Bréfritari: Sigríður Pálsdóttir
Viðtakandi: Páll Pálsson
Dagsetning: A-1855-07-03
Skrifað á: Hraungerði  Árn.
Páll var bróðir Sigríðar

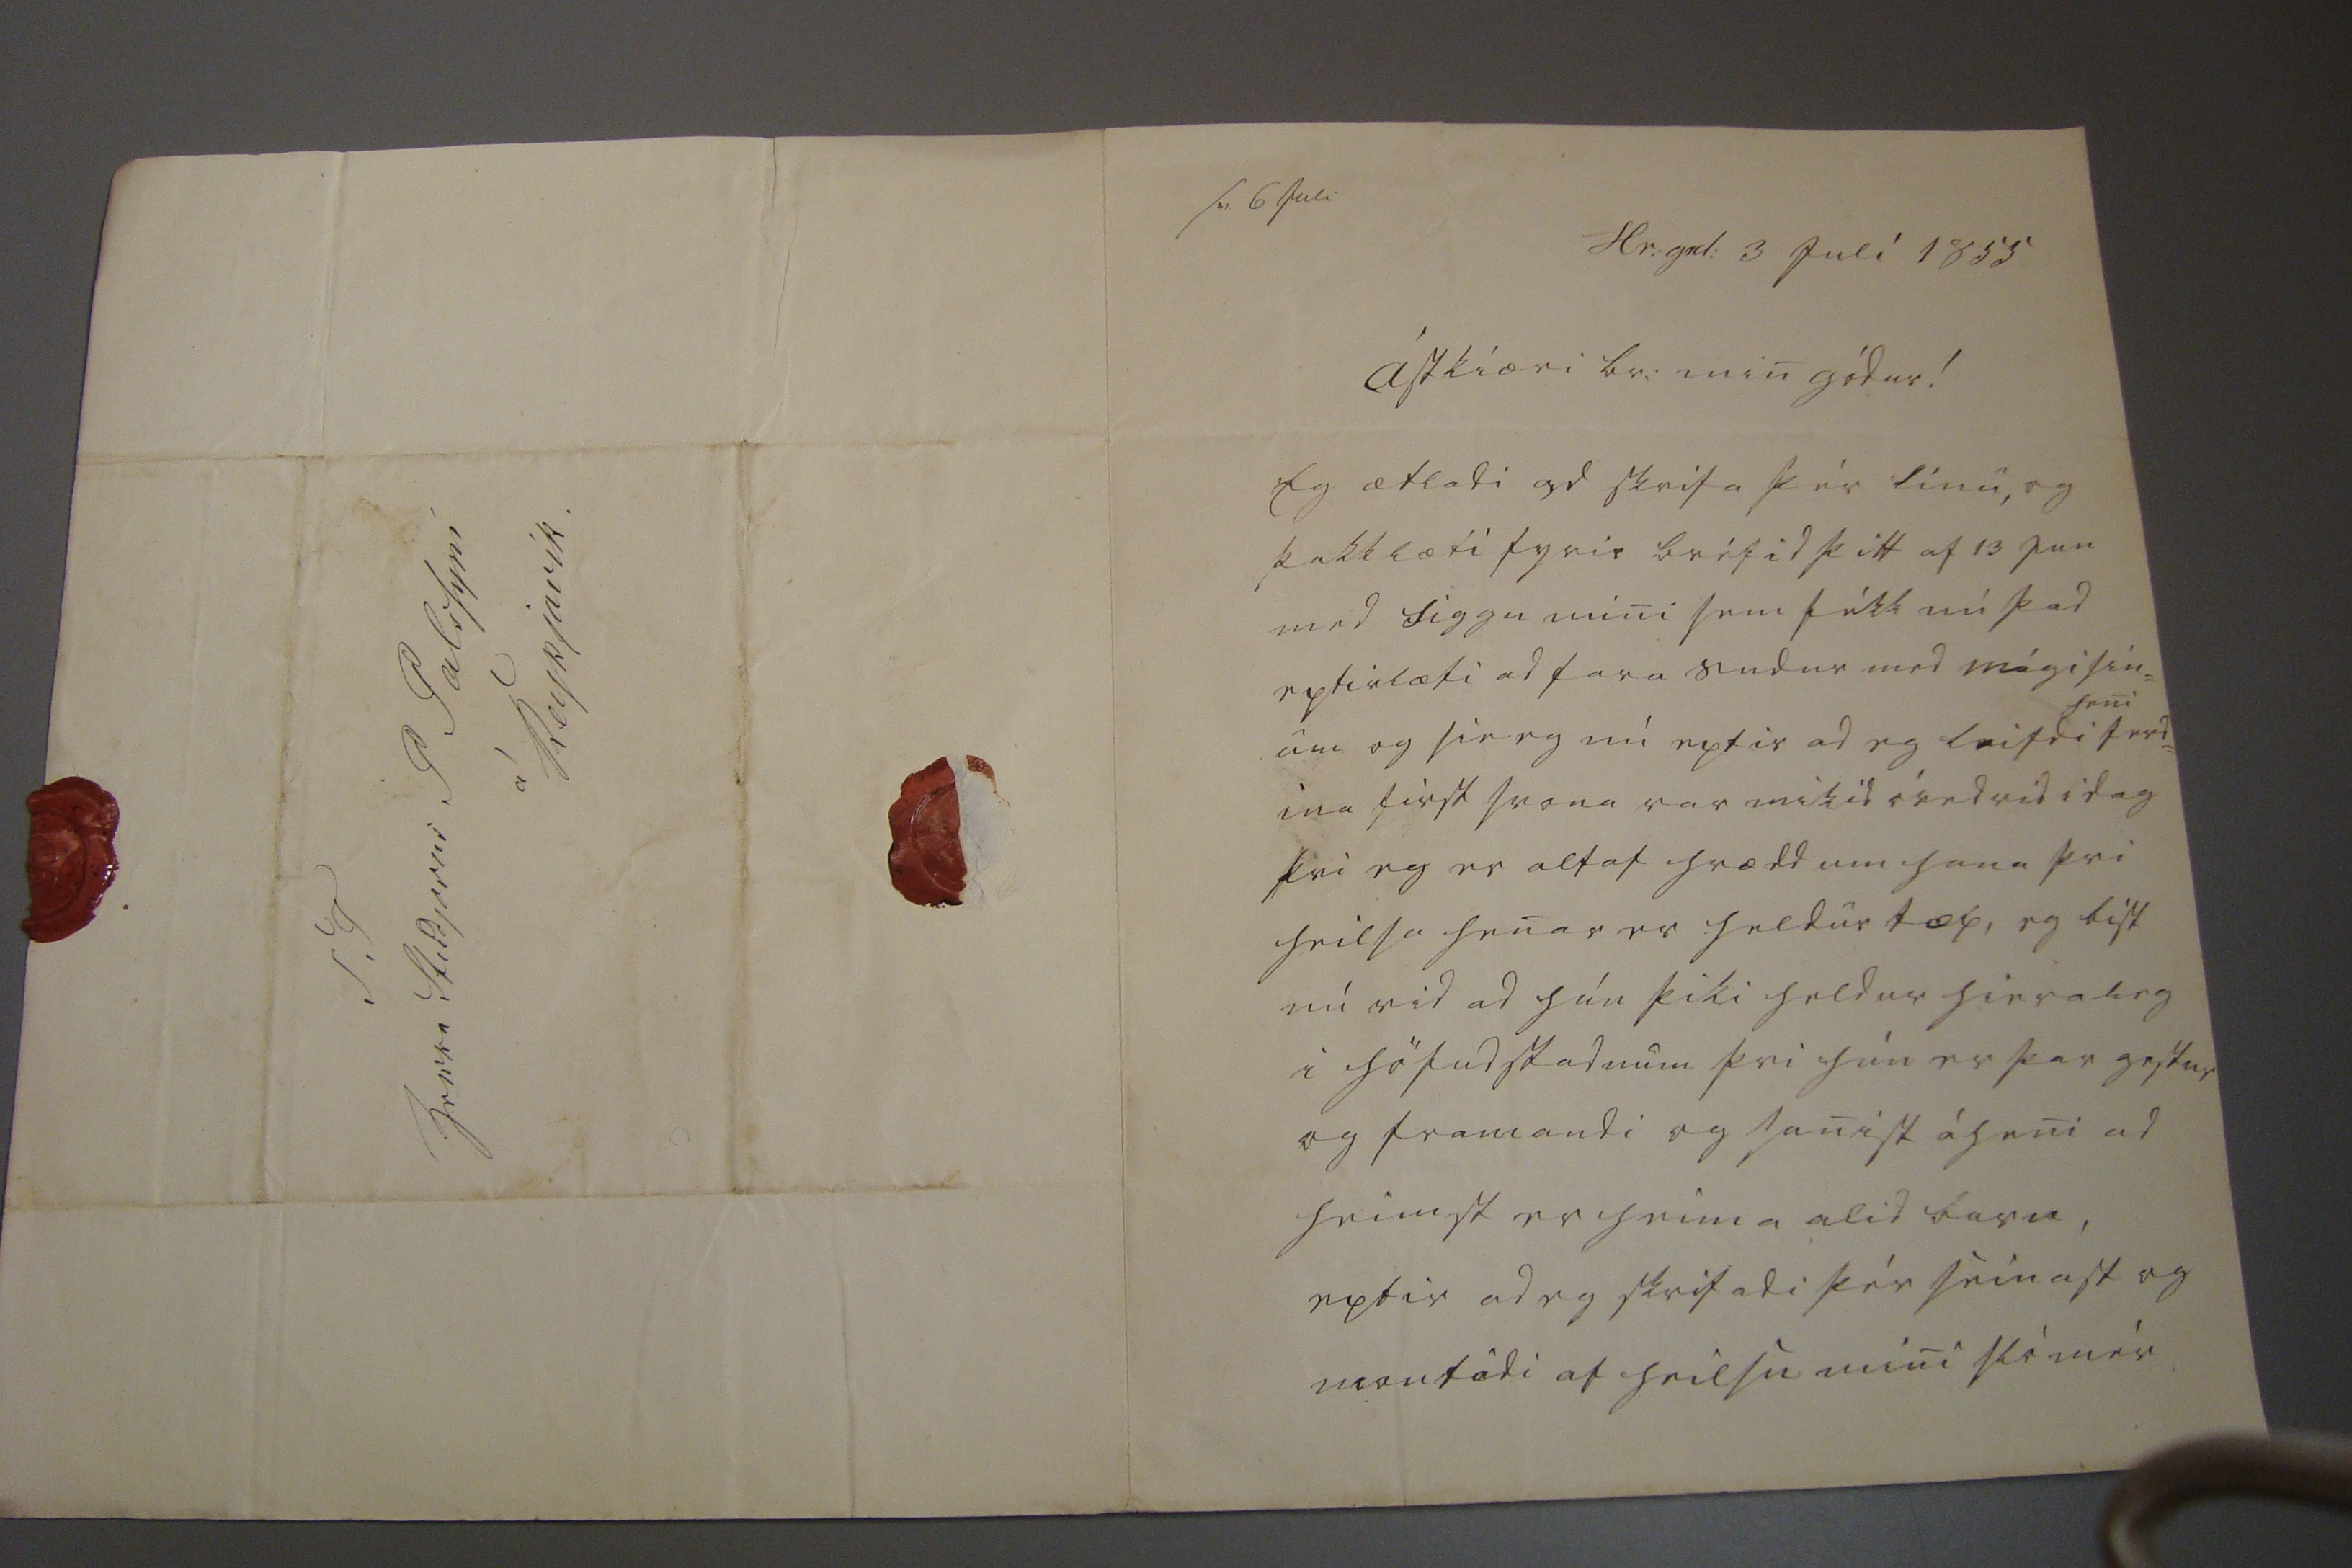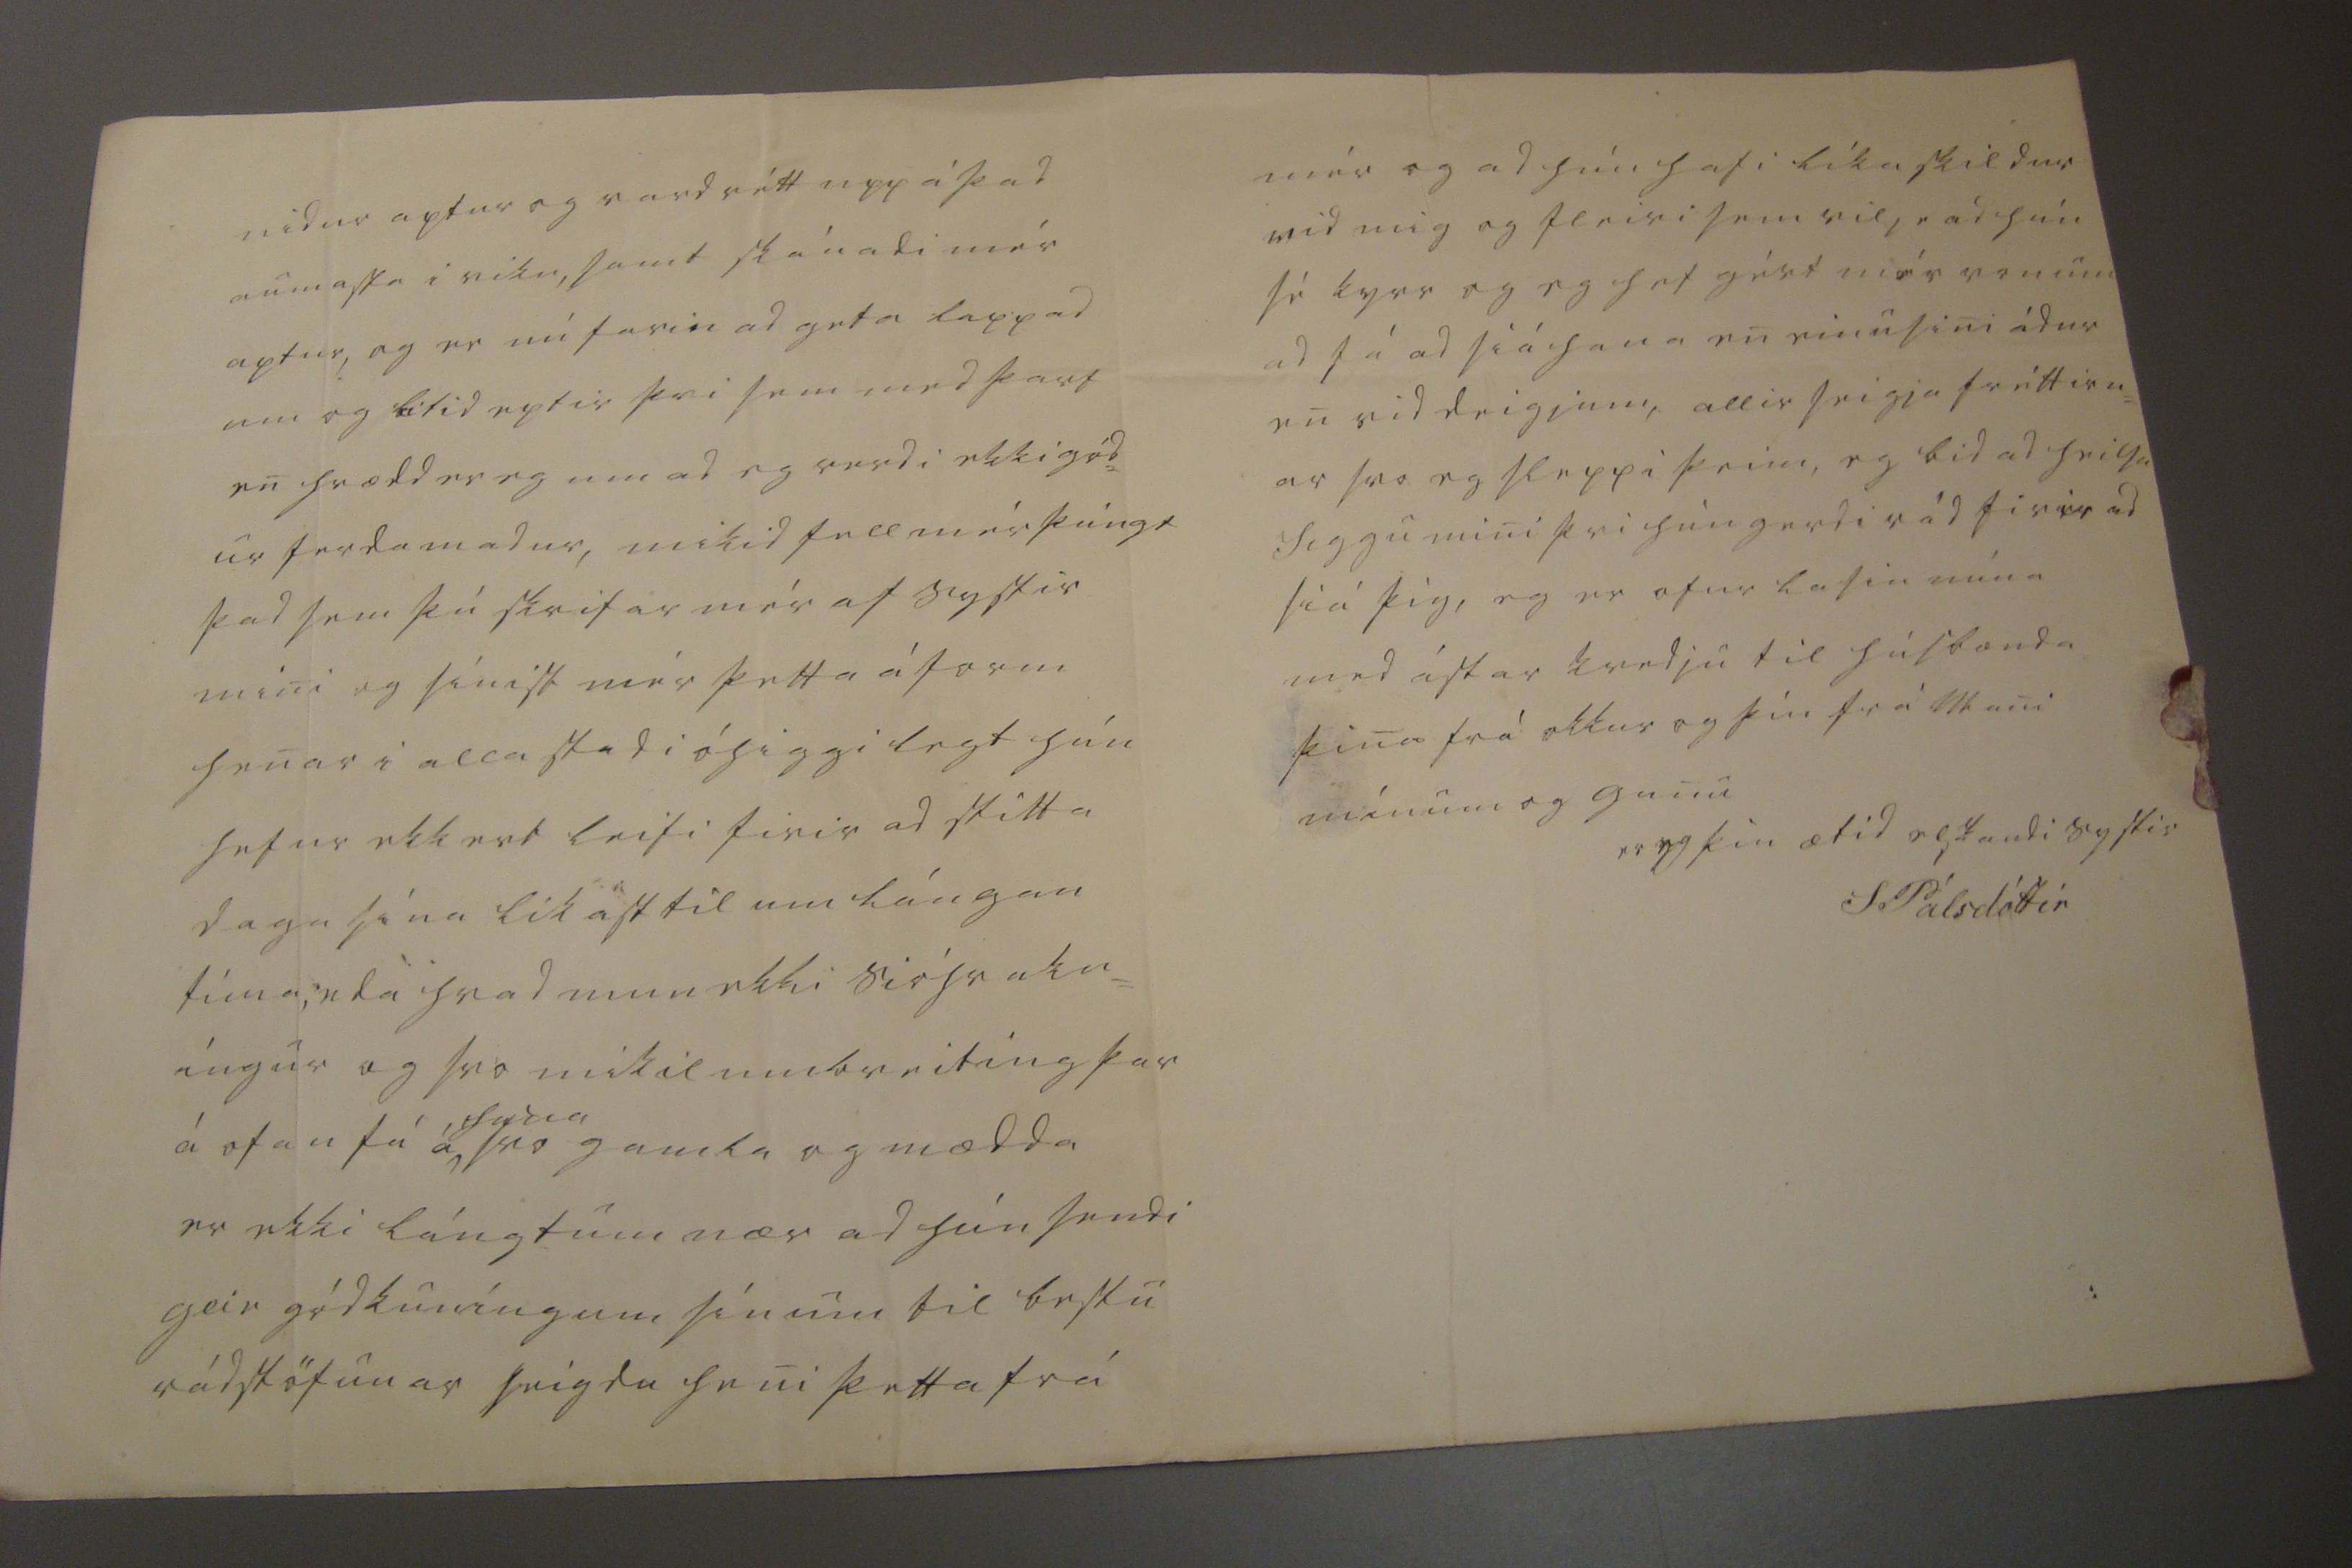

sv 6 Juli
Hr:grd: 3 Julí 1855
ástkiæri br: min gódur!
Eg ætladi ad skrifa þér línu, og þakklæti fyrir bréfid þitt af 13 Jun med Siggu mini sem fékk nú þad eptirlæti ad fara sudur med mági sín= um og sie eg nú eptir ad eg leifdi
heni
ferd= ina first svona var mikid óvedrid i dag þvi eg er altaf hrædd um hana þvi heilsa henar er heldur tæp, eg bíst nú vid ad hún þiki heldur hieraleg i höfudstadnum þvi hún er þar gestur og framandi og sanist á heni ad heimst er heima alid barn, eptir ad eg skrifadi þér seinast og montadi af heilsu mini sló mér
nidur aptur og vard rétt upp á þad aumasta i viku, samt skánadi mér aptur, og er nú farin ad geta lappad um og bitid eptir þvi sem med þarf en hrædd er eg um ad eg verdi ekki gód= ur ferdamadur, mikid fell mér þúngt þad sem þú skrifar mér af systir mini og sínist mér þetta áform henar i alla stadi óhiggilegt hún hefur ekkert leifi firir ad stitta daga sína líkast til um lángan tíma, eda hvad mun ekki sióhrakn= íngur og svo mikil umbreitíng þar á ofan fá á
hana
svo gamla og mædda er ekki lángtum nær ad hún sendi
geir
gódkuníngum sínum til bestu rádstöfunar seigdu heni þetta frá
mér og ad hún hafi líka skildur vid mig og fleiri sem vilje ad hún sé kyrr og eg hef gért mér von um ad fá ad siá hana en einu sini ádur en vid deigjum, allir seigja fréttirn= ar svo eg sleppi þeim, eg bid ad heilsa Siggu mini þvi hún gerdi rád firir ad siá þig, eg er ofur lasin núna med ástar kvedju til húsbæna þina frá okkur og þín frá Mani mínum og gunu
er eg þin ætíd elskandi systir
S Pálsdóttir
S T herra Studjosus P Palssyni á Reykjavík.